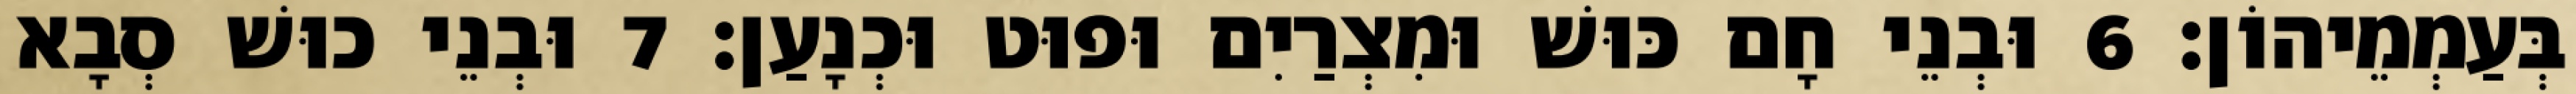
בְּעַמְמֵיהוֹן׃ 6 וּבְנֵי חָם כּוּשׁ וּמִצְרַיִם וּפוּט וּכְנָעַן׃ 7 וּבְנֵי כוּשׁ סְבָא